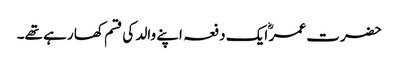
حضرت عمر ؓ ایک دفعہ اپنے والد کی قسم کھا رہے تھے۔